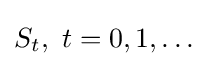
S_{t},\ t=0,1,\ldots